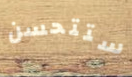
ستتحسن